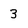
Character: 3